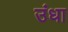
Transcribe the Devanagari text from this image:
उंधा